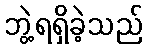
ဘွဲ့ရရှိခဲ့သည်